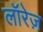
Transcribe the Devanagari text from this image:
लॉरेज़